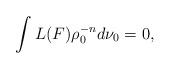
LaTeX: \begin{gather*}\int L(F)\rho_0^{-n}d\nu_0=0,\end{gather*}